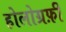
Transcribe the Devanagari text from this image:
होलोग्रफ़ी